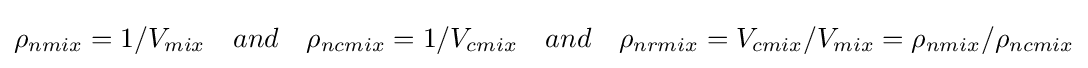
\rho _{nmix}=1/V_{mix}\quad and\quad \rho _{ncmix}=1/V_{cmix}\quad and\quad \rho _{nrmix}=V_{cmix}/V_{mix}=\rho _{nmix}/\rho _{ncmix}